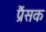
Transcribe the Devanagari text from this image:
प्रैंसक